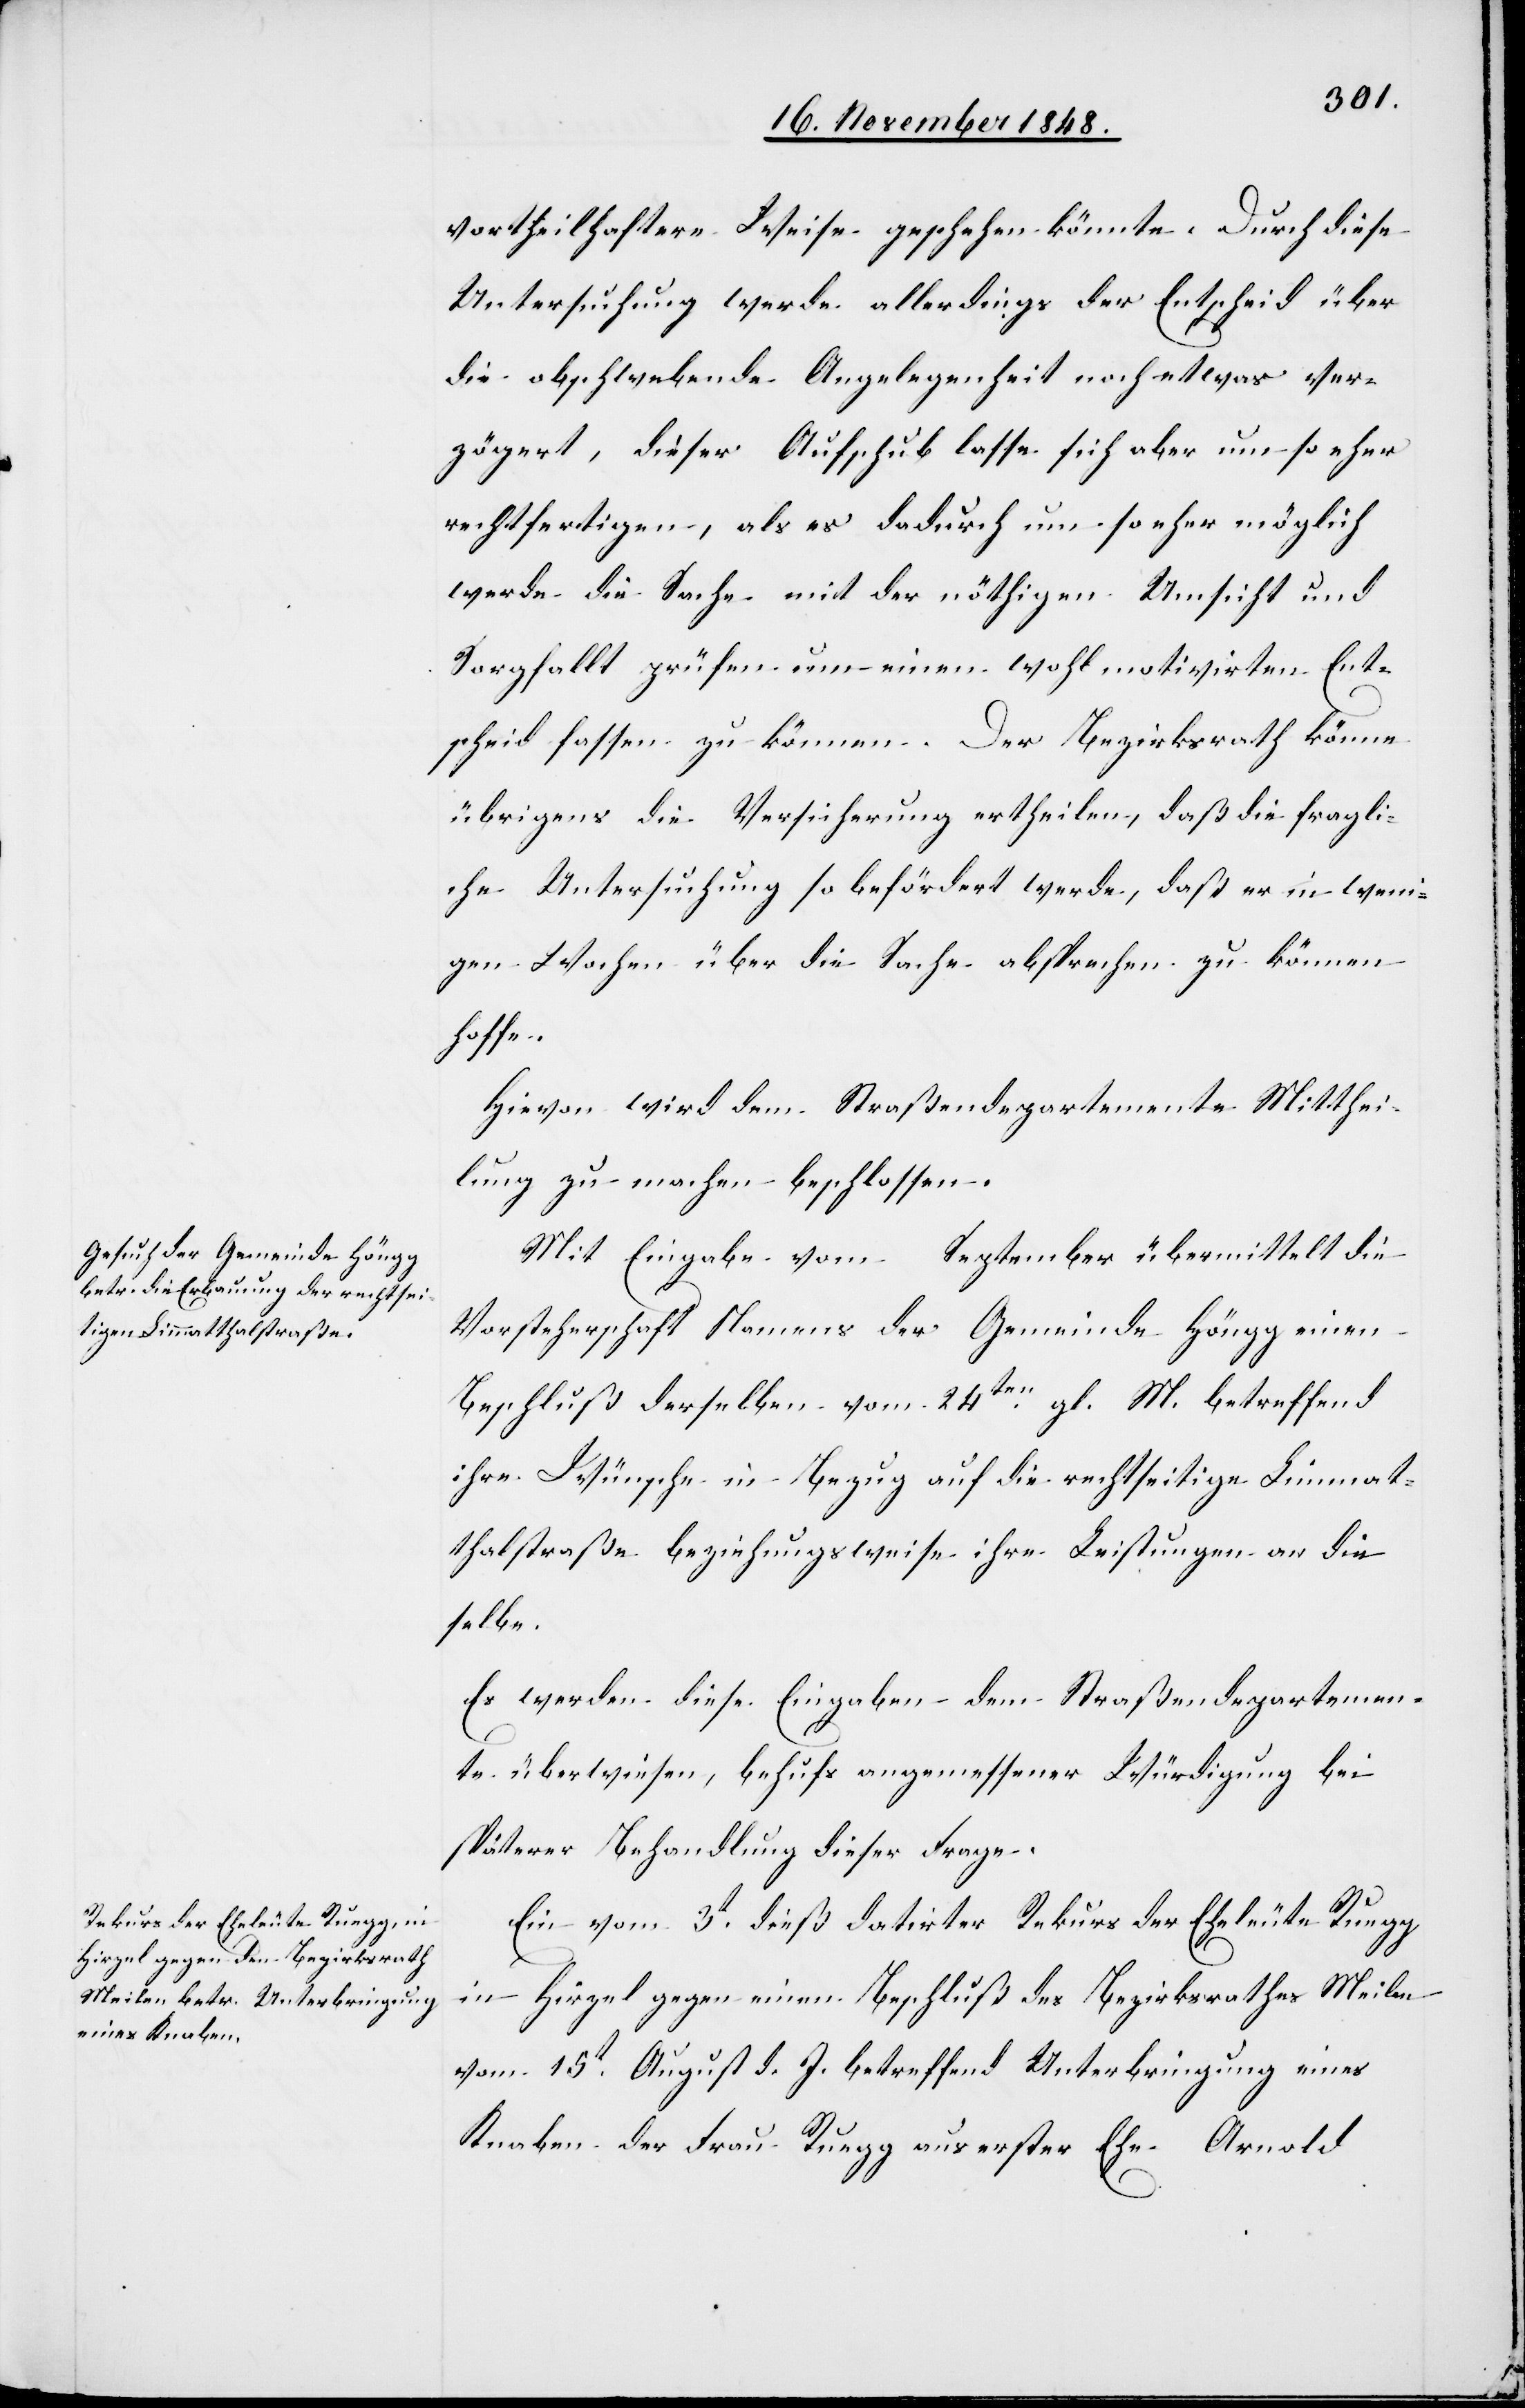
vortheilhaftere Weise geschehen könnte. Durch diese
Untersuchung werde allerdings der Entscheid über
die obschwebende Angelegenheit noch etwas ver¬
zögert, dieser Aufschub lasse sich aber um so eher
rechtfertigen, als es dadurch um so eher möglich
werde die Sache mit der nöthigen Umsicht und
Sorgfalt prüfen um einen wohl motivirten Ent¬
scheid fassen zu können. Der Bezirksrath könne
übrigens die Versicherung ertheilen, daß die fragli¬
che Untersuchung so befördert werde, daß er in weni¬
gen Wochen über die Sache absprechen zu können
hoffe.
Hievon wird dem Straßendepartemente Mitthei¬
lung zu machen beschlossen.
Mit Eingabe vom … September übermittelt die
Vorsteherschaft Namens der Gemeinde Höngg einen
Beschluß derselben vom 24ten gl. M. betreffend
ihre Wünsche in Bezug auf die rechtseitige Limmat¬
thalstraße beziehungsweise ihre Leistungen an die
selbe.
Es werden diese Eingaben dem Straßendepartemen¬
te überwiesen, behufs angemessener Würdigung bei
späterer Behandlung dieser Frage.
Ein vom 3t dieß datirter Rekurs der Eheleute Ruegg
in Hirzel gegen einen Beschluß des Bezirksrathes Meilen
vom 15t August d. J. betreffend Unterbringung eines
Knaben der Frau Ruegg aus erster Ehe Arnold